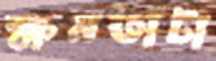
ক্ষমতাটা